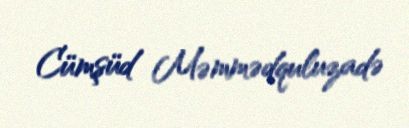
Cümşüd Məmmədquluzadə